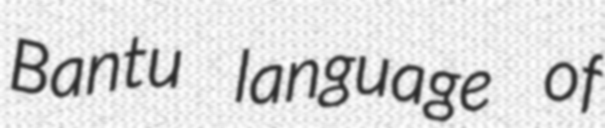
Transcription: Bantu language of